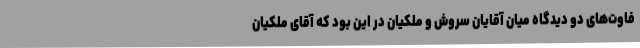
فاوت‌های دو دیدگاه میان آقایان سروش و ملکیان در این بود که آقای ملکیان